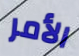
الأمر